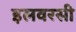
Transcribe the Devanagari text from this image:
इलवरसी